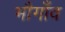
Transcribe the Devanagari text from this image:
भौगाँव